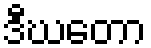
ဒီဃတော